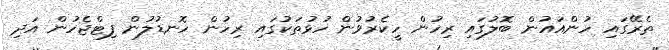
ތެރޭގައި ހުންއައުން ބޮލުގައި ރިހުން ހީކެރުވުން ހުޅުތަކުގައި ރިހުން ހޮނޑުލުން ފިޓްޖެހުން އަދި